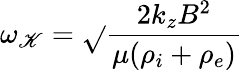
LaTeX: \omega_{\mathscr{K}}={\sqrt{}{{\frac{{2k_{z}B^{2}}}{{\mu(\rho_{i}+\rho_{e})}}}}}